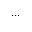
. . .